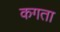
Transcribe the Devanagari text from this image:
कगता